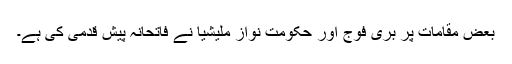
بعض مقامات پر بری فوج اور حکومت نواز ملیشیا نے فاتحانہ پیش قدمی کی ہے۔